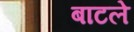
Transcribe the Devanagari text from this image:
बाटले